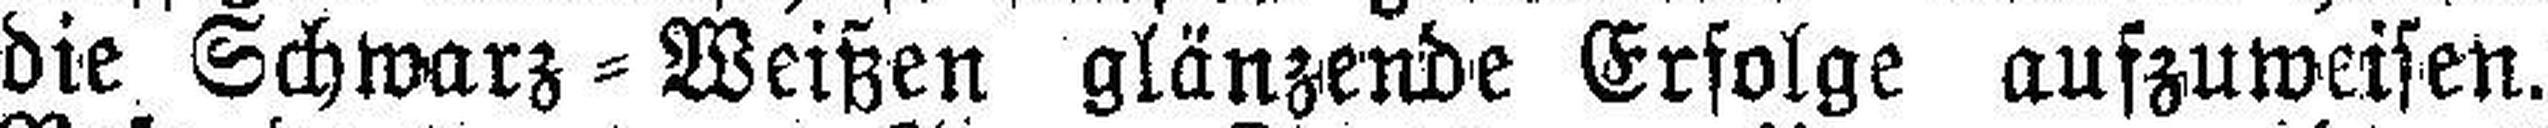
die Schwarz=Weißen glänzende Erfolge aufzuweisen.